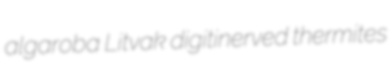
algaroba Litvak digitinerved thermites